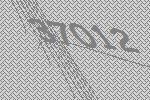
37012